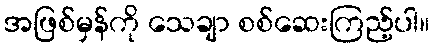
အဖြစ်မှန်ကို သေချာ စစ်ဆေးကြည့်ပါ။